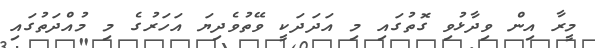
މީރާ އިން ވިދާޅުވި ގޮތުގައި މި އަދަދަކީ ވޭތުވެދިޔަ އަހަރުގެ މި މުއްދަތުގައި